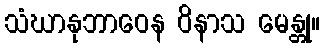
သံဃာနုဘာဝေန ဝိနာသ မေန္တု။